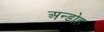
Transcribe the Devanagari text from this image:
अन्डोह